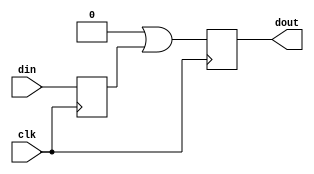
// Copyright 2012 Altera Corporation. All rights reserved.  
// Altera products are protected under numerous U.S. and foreign patents, 
// maskwork rights, copyrights and other intellectual property laws.  
//
// This reference design file, and your use thereof, is subject to and governed
// by the terms and conditions of the applicable Altera Reference Design 
// License Agreement (either as signed by you or found at www.altera.com).  By
// using this reference design file, you indicate your acceptance of such terms
// and conditions between you and Altera Corporation.  In the event that you do
// not agree with such terms and conditions, you may not use the reference 
// design file and please promptly destroy any copies you have made.
//
// This reference design file is being provided on an "as-is" basis and as an 
// accommodation and therefore all warranties, representations or guarantees of 
// any kind (whether express, implied or statutory) including, without 
// limitation, warranties of merchantability, non-infringement, or fitness for
// a particular purpose, are specifically disclaimed.  By making this reference
// design file available, Altera expressly does not recommend, suggest or 
// require that this reference design file be used in combination with any 
// other product not provided by Altera.
/////////////////////////////////////////////////////////////////////////////


`timescale 1 ps / 1 ps

// baeckler - 04-16-2013

// DESCRIPTION
// 
// This is an alternate version of sync_regs with a multicycle 2 setup and cut hold rather than a false path.
// It is generally more constrained and safer than the false path. It will create more work for timing
// analysis and the place and route CAD.
// 



// CONFIDENCE
// This is a bread and butter synchronizer register with extensive hardware deployment
// 

module alt_sync_regs_m2 #(
	parameter WIDTH = 32,
	parameter DEPTH = 2		// minimum of 2
)(
	input clk,
	input [WIDTH-1:0] din,
	output [WIDTH-1:0] dout
);

reg [WIDTH-1:0] din_meta = 0 /* synthesis preserve dont_replicate */
/* synthesis ALTERA_ATTRIBUTE = "-name SDC_STATEMENT \"set_multicycle_path -to [get_keepers *sync_regs_m*din_meta\[*\]] 2\" " */ ;

reg [WIDTH*(DEPTH-1)-1:0] sync_sr = 0 /* synthesis preserve dont_replicate */
/* synthesis ALTERA_ATTRIBUTE = "-name SDC_STATEMENT \"set_false_path -hold -to [get_keepers *sync_regs_m*din_meta\[*\]]\" " */ ;

always @(posedge clk) begin
	din_meta <= din;
	sync_sr <= (sync_sr << WIDTH) | din_meta;
end
assign dout = sync_sr[WIDTH*(DEPTH-1)-1:WIDTH*(DEPTH-2)];

endmodule


// BENCHMARK INFO :  10AX115U2F45I2SGE2
// BENCHMARK INFO :  Quartus Prime Version 15.1.0 Internal Build 99 06/10/2015 TO Standard Edition
// BENCHMARK INFO :  Uses helper file :  alt_sync_regs_m2.v
// BENCHMARK INFO :  Max depth :  0.0 LUTs
// BENCHMARK INFO :  Total registers : 64
// BENCHMARK INFO :  Total pins : 65
// BENCHMARK INFO :  Total virtual pins : 0
// BENCHMARK INFO :  Total block memory bits : 0
// BENCHMARK INFO :  Comb ALUTs :  0                  
// BENCHMARK INFO :  ALMs : 16 / 427,200 ( < 1 % )
// BENCHMARK INFO :  Worst setup path @ 468.75MHz : 0.886 ns, From sync_sr[26], To dout[26]}